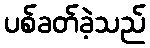
ပစ်ခတ်ခဲ့သည်